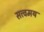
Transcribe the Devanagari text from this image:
सत्त्वमय